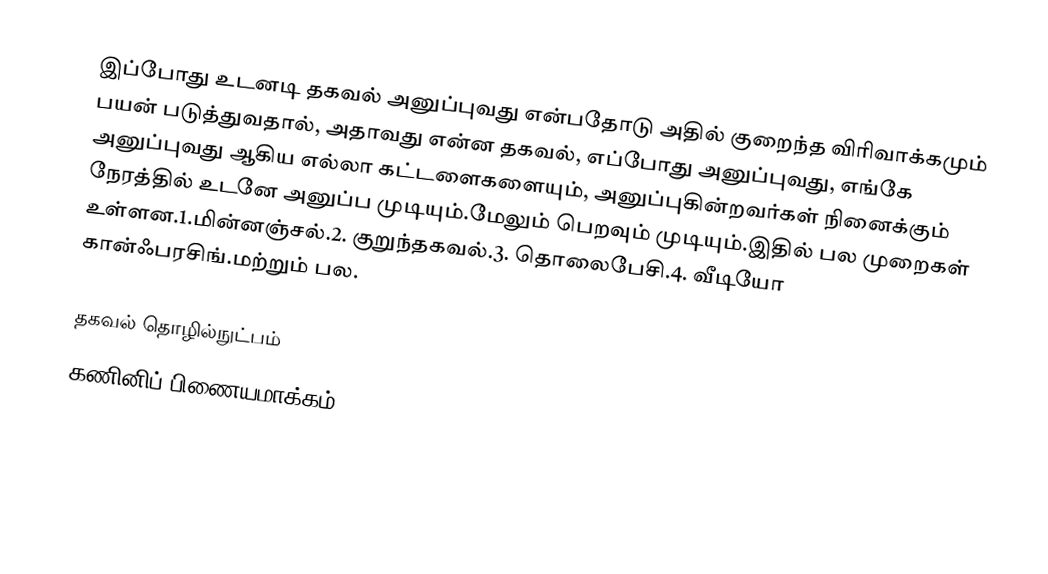
இப்போது உடனடி தகவல் அனுப்புவது என்பதோடு அதில் குறைந்த விரிவாக்கமும் பயன் படுத்துவதால், அதாவது என்ன தகவல், எப்போது அனுப்புவது, எங்கே அனுப்புவது ஆகிய எல்லா கட்டளைகளையும், அனுப்புகின்றவர்கள் நினைக்கும் நேரத்தில் உடனே அனுப்ப முடியும்.மேலும் பெறவும் முடியும்.இதில் பல முறைகள் உள்ளன.1.மின்னஞ்சல்.2. குறுந்தகவல்.3. தொலைபேசி.4. வீடியோ கான்ஃபரசிங்.மற்றும் பல.

தகவல் தொழில்நுட்பம்
கணினிப் பிணையமாக்கம்